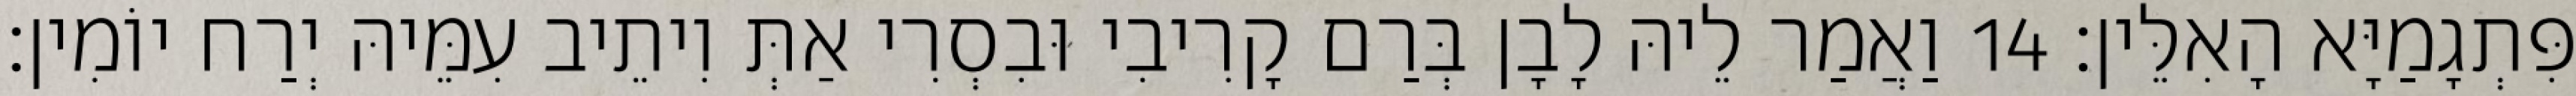
פִּתְגָמַיָּא הָאִלֵּין׃ 14 וַאֲמַר לֵיהּ לָבָן בְּרַם קָרִיבִי וּבִסְרִי אַתְּ וִיתֵיב עִמֵּיהּ יְרַח יוֹמִין׃